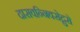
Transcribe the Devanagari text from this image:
दासवन्निवसेद्गुरो